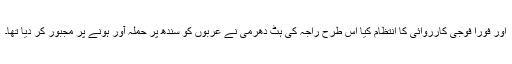
اور فوراً فوجی کارروائی کا انتظام کیا اس طرح راجہ کی ہٹ دھرمی نے عربوں کو سندھ پر حملہ آور ہونے پر مجبور کر دیا تھا۔